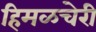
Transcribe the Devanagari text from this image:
हिमळचेरी